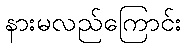
နားမလည်ကြောင်း